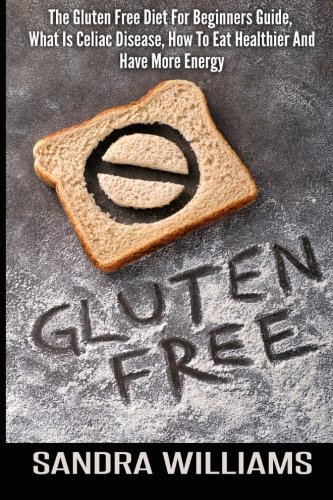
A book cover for Gluten Free: The Gluten Free Diet For Beginners Guide, What Is Celiac Disease, How To Eat Healthier And Have More Energy (Grain & Dairy Free Cookbook, ... & Cooking, Paleo Vegan Recipes) (Volume 1); Sandra Williams; Health, Fitness & Dieting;